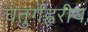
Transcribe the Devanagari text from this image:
चतुर्गह्वरीय